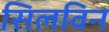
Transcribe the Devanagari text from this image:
सिलविन